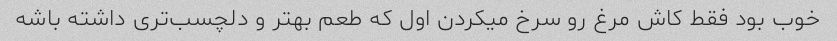
خوب بود فقط کاش مرغ رو سرخ میکردن اول که طعم بهتر و دلچسب‌تری داشته باشه